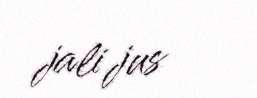
jali jus